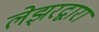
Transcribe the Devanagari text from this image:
लेझरद्वारा